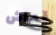
قماش